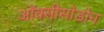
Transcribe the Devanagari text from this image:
ऑक्सीसोडोन